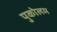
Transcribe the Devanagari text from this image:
पुकोलम